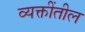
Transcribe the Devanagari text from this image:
व्यक्तींतील